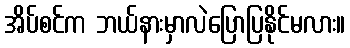
အိပ်စင်က ဘယ်နားမှာလဲပြောပြနိုင်မလား။